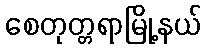
စေတုတ္တရာမြို့နယ်